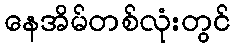
နေအိမ်တစ်လုံးတွင်